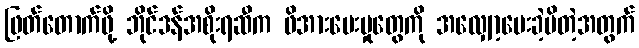
ဖြတ်တောက်ဖို့ ဘိုင်ဒန်အစိုးရဆီက ဖိအားပေးမှုတွေကို အလျှော့ပေးခဲ့မိတဲ့အတွက်